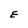
Character: E